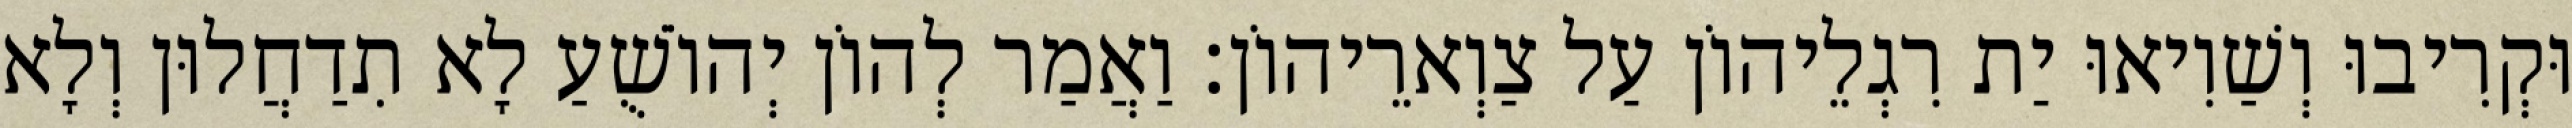
וּקְרִיבוּ וְשַׁוִיאוּ יַת רִגְלֵיהוֹן עַל צַוְארֵיהוֹן׃ וַאֲמַר לְהוֹן יְהוֹשֻׁעַ לָא תִדַחֲלוּן וְלָא